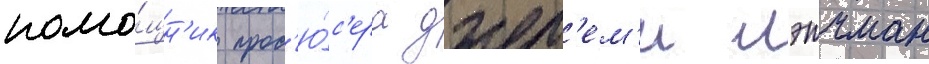
помо́щн'ик прод'ю́с'ера джер'ем'и лэтчман